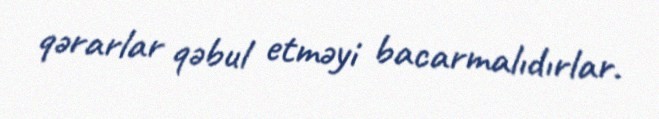
qərarlar qəbul etməyi bacarmalıdırlar.